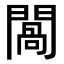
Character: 𨵧